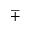
\mp